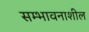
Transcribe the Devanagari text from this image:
सम्भावनाशील